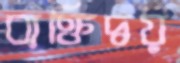
ব্যক্তিদ্বয়